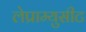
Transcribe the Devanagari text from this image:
लेप्राम्युसीट